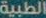
الطبية